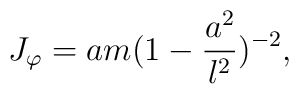
J_{\varphi }=am(1-\frac{a^{2}}{l^{2}})^{-2},